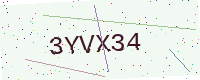
Text: 3YVX34